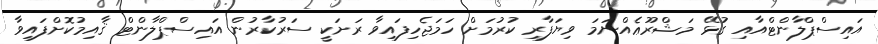
އައިސްޕްލާންޓްއާއި ގުޅޭ މަޝްރޫޢެއްނަމަ ވިޔަފާރި ކުރުމަށް ހަމަޖެހިފައިވާ ރަށަކީ ސަރުކާރުން އައިސްޕްލާންޓް ޤާއިމުކޮށްފައިވާ